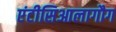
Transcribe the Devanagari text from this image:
एंटीसिआलागौग